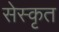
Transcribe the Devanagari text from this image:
सेस्कृत